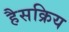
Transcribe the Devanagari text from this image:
हैसक्रिय